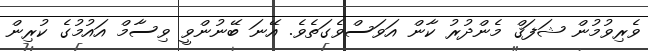
ވެރިވުމުން ޝަފަޤް މެންދުރު ކާން އަވަސްވެގަތެވެ. އޭނަ ބޭނުންވީ ވިސާމް އައުމުގެ ކުރިން